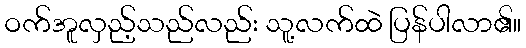
ဝက်အူလှည့်သည်လည်း သူ့လက်ထဲ ပြန်ပါလာ၏။